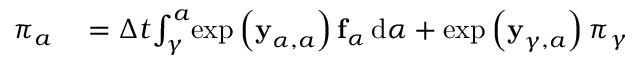
\begin{array} { r l } { \boldsymbol { \pi } _ { a _ { } } } & { { } = \Delta t { } \! \int _ { \gamma } ^ { a _ { } } \! \exp \left( \mathbf { y } _ { \alpha { } , a _ { } } ^ { } \right) \mathbf { f } _ { \alpha { } } \, \mathrm { d } \alpha + \exp \left( \mathbf { y } _ { \gamma , a _ { } } ^ { } \right) \boldsymbol { \pi } _ { \gamma } } \end{array}